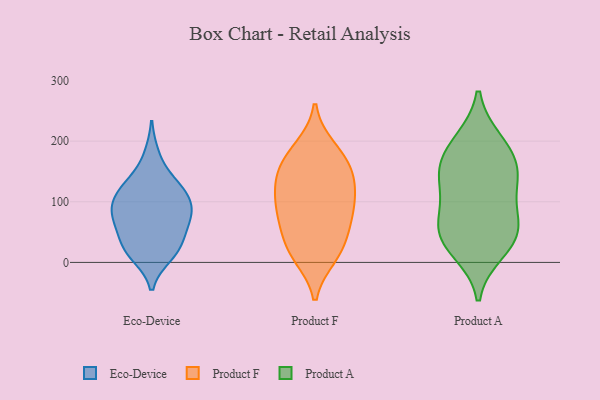
{"axis": {"x": "Customer Acquisition Cost (USD)", "y": "Value"}, "legend": ["Eco-Device", "Product A", "Product F"], "data": [{"x": "", "y": 176, "type": "Eco-Device"}, {"x": "", "y": 32, "type": "Eco-Device"}, {"x": "", "y": 116, "type": "Eco-Device"}, {"x": "", "y": 12, "type": "Eco-Device"}, {"x": "", "y": 23, "type": "Eco-Device"}, {"x": "", "y": 87, "type": "Eco-Device"}, {"x": "", "y": 67, "type": "Eco-Device"}, {"x": "", "y": 15, "type": "Eco-Device"}, {"x": "", "y": 98, "type": "Eco-Device"}, {"x": "", "y": 133, "type": "Eco-Device"}, {"x": "", "y": 77, "type": "Eco-Device"}, {"x": "", "y": 82, "type": "Eco-Device"}, {"x": "", "y": 120, "type": "Eco-Device"}, {"x": "", "y": 121, "type": "Eco-Device"}, {"x": "", "y": 72, "type": "Eco-Device"}, {"x": "", "y": 42, "type": "Eco-Device"}, {"x": "", "y": 127, "type": "Product F"}, {"x": "", "y": 157, "type": "Product F"}, {"x": "", "y": 71, "type": "Product F"}, {"x": "", "y": 123, "type": "Product F"}, {"x": "", "y": 94, "type": "Product F"}, {"x": "", "y": 179, "type": "Product F"}, {"x": "", "y": 17, "type": "Product F"}, {"x": "", "y": 159, "type": "Product F"}, {"x": "", "y": 21, "type": "Product F"}, {"x": "", "y": 45, "type": "Product F"}, {"x": "", "y": 82, "type": "Product F"}, {"x": "", "y": 188, "type": "Product F"}, {"x": "", "y": 11, "type": "Product F"}, {"x": "", "y": 133, "type": "Product F"}, {"x": "", "y": 84, "type": "Product F"}, {"x": "", "y": 40, "type": "Product A"}, {"x": "", "y": 200, "type": "Product A"}, {"x": "", "y": 130, "type": "Product A"}, {"x": "", "y": 147, "type": "Product A"}, {"x": "", "y": 83, "type": "Product A"}, {"x": "", "y": 80, "type": "Product A"}, {"x": "", "y": 194, "type": "Product A"}, {"x": "", "y": 45, "type": "Product A"}, {"x": "", "y": 161, "type": "Product A"}, {"x": "", "y": 44, "type": "Product A"}, {"x": "", "y": 146, "type": "Product A"}, {"x": "", "y": 19, "type": "Product A"}]}